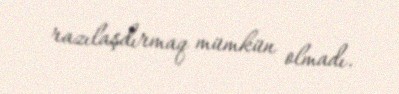
razılaşdırmaq mümkün olmadı.